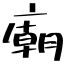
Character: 廟